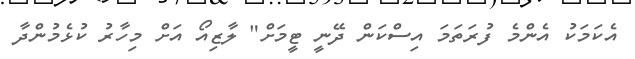
އެކަމަކު އެންމެ ފުރަތަމަ އިސްކަން ދޭނީ ޓީމަށް" ލާޒިއޯ އަށް މިހާރު ކުޅެމުންދާ